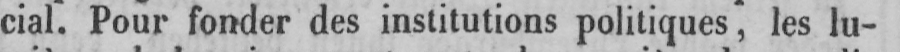
cial. Pour fonder des institutions politiques, les lu-